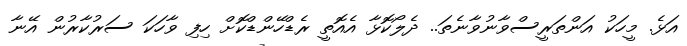
އަޅެ. މީހަކު އަންތަރީސްވާނުވާނެތަ.. ދެލޯކޮޅާ އެއޮތީ ރެޑްހޭންޑްކޮށް ހިފި ވާހަކަ ސަރުކާރުން އޭނާ